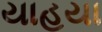
યાહયા